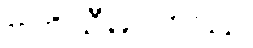
ဗဟိသီမဂတဿ